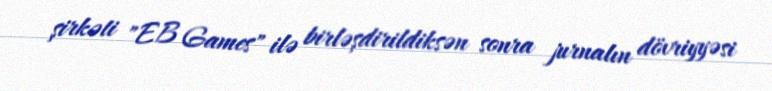
şirkəti "EB Games" ilə birləşdirildiksən sonra jurnalın dövriyyəsi